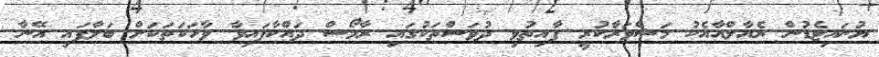
ޔުނައިޓެޑުން ރެއާލްއާއެކު މަޝްވަރާކުރީ ފާއިތުވި ދުވަސްތަކުގައި ރާމޯސް ދައްކާފައިވާ ވާހަކަތަކަށް ބަލާފައި އޭނާ